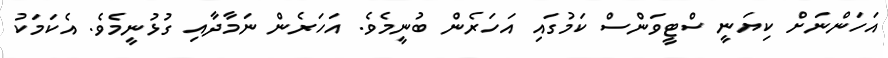
އަހަންނަށް ކިޔަނީ ސްޓީވަންސް ކަމުގައި އަހަރެން ބުނީމެވެ. އަހަރެން ނަމާދާއި ގުޅުނީމެވެ. އެކަމަކު